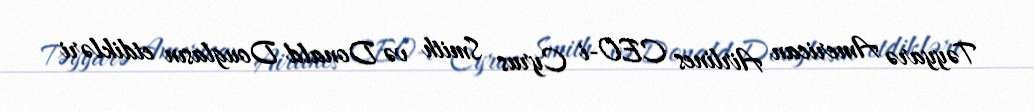
Təyyarə American Airlines CEO-i Cyrus Smith və Donald Douglasın etdikləri